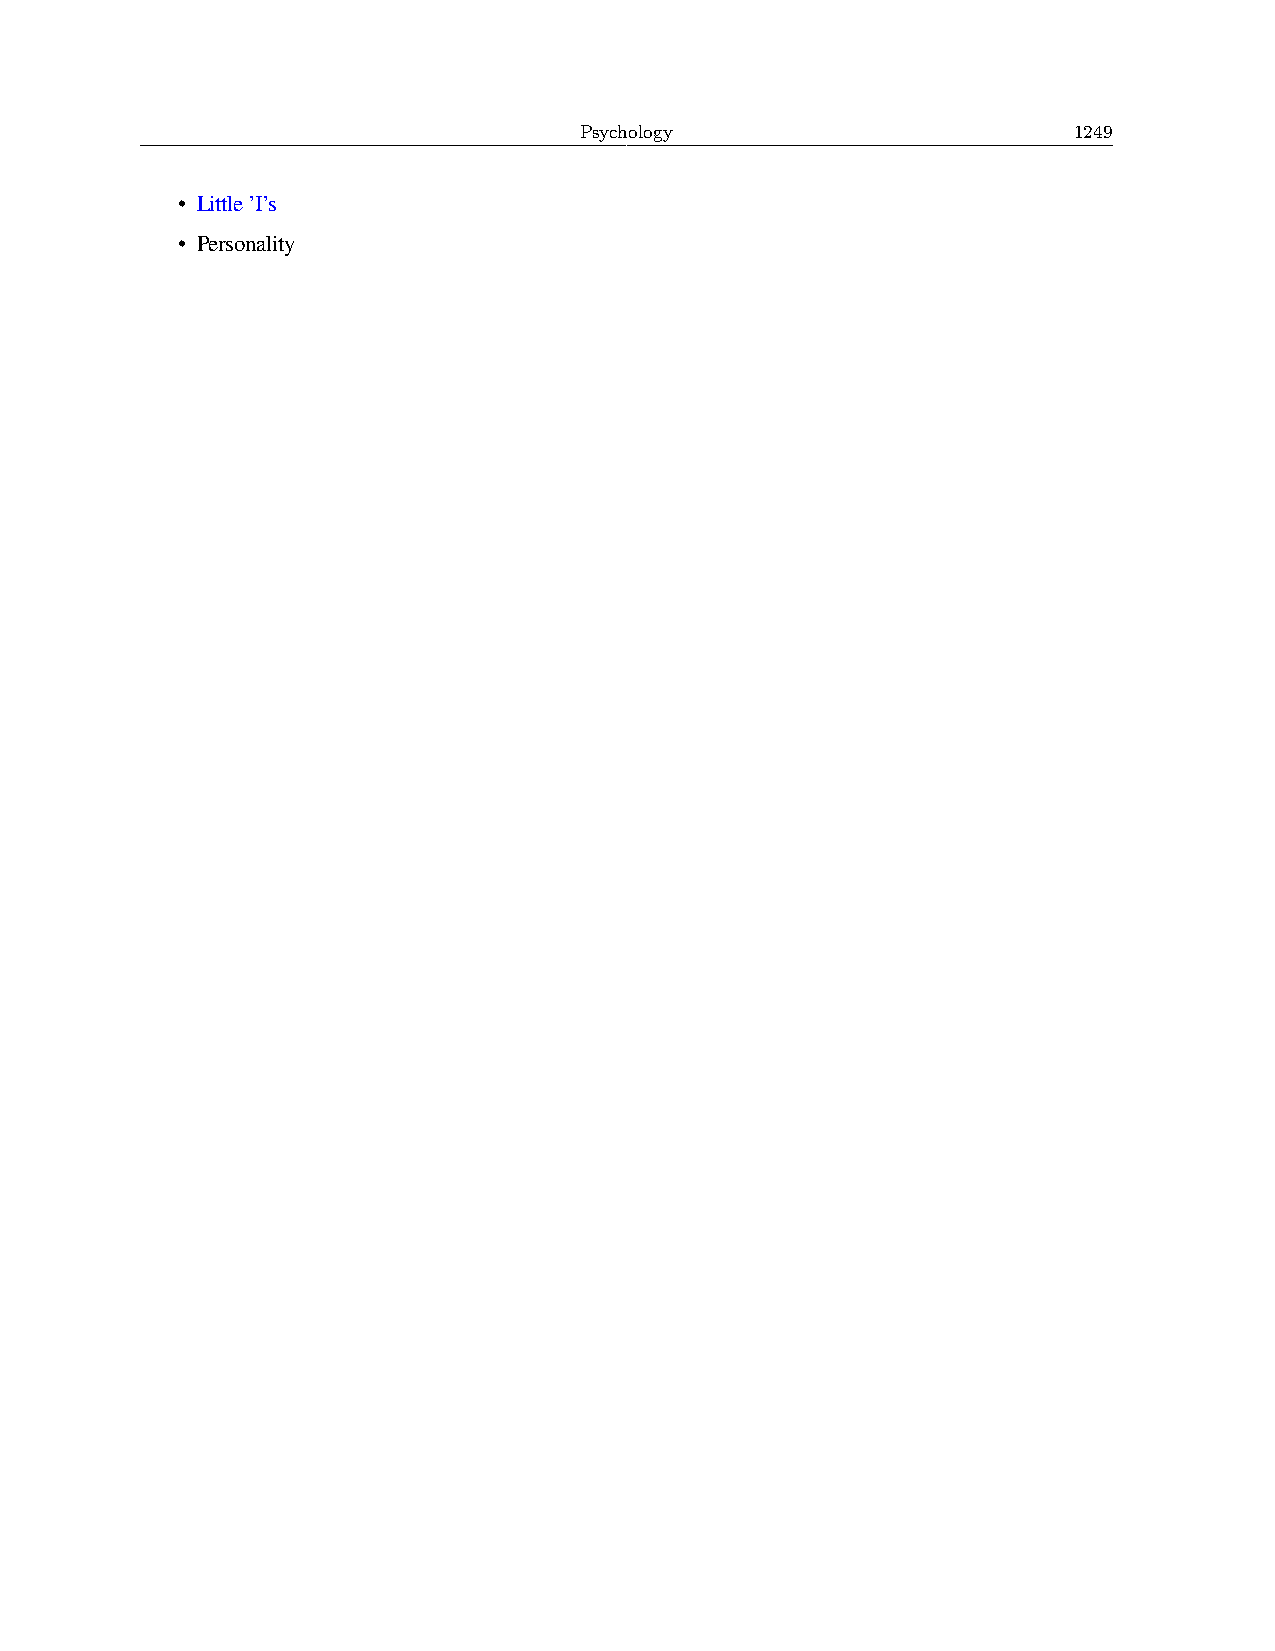
Psychology                       1249
 • Little’I’s
 • Personality